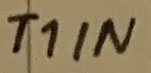
Text: T1IN